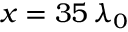
x = 3 5 \, \lambda _ { 0 }